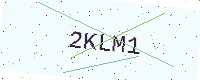
Text: 2KLM1